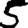
Digit: 5